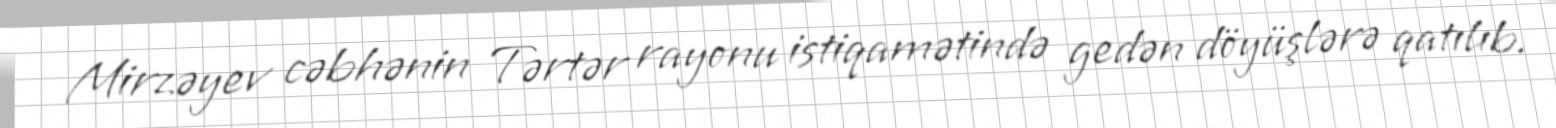
Mirzəyev cəbhənin Tərtər rayonu istiqamətində gedən döyüşlərə qatılıb.